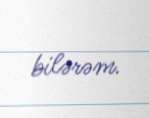
bilərəm.